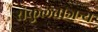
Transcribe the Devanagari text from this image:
संकुलताजन्य